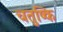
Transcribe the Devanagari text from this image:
चतुष्कि